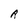
Character: R